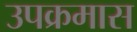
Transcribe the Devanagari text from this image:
उपक्रमास